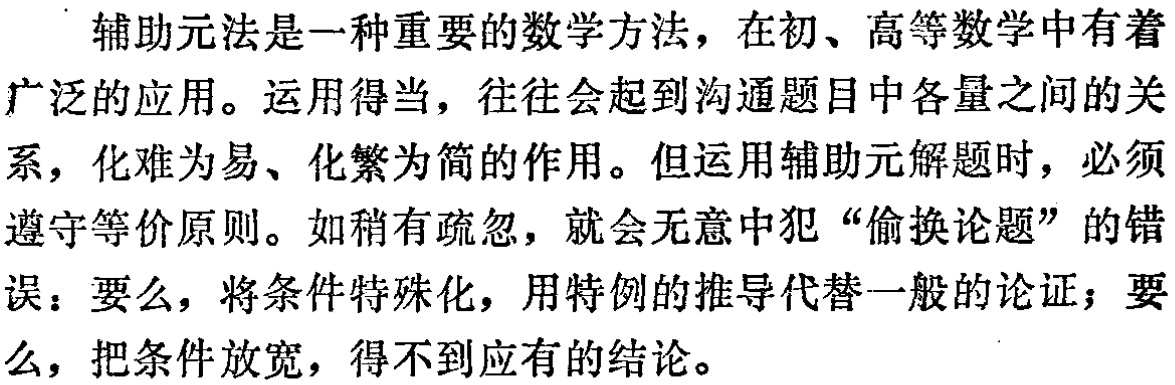
辅助元法是一种重要的数学方法，在初、高等数学中有着广泛的应用。运用得当，往往会起到沟通题目中各量之间的关系，化难为易、化繁为简的作用。但运用辅助元解题时，必须遵守等价原则。如稍有疏忽，就会无意中犯“偷换论题”的错误：要么，将条件特殊化，用特例的推导代替一般的论证；要么，把条件放宽，得不到应有的结论。